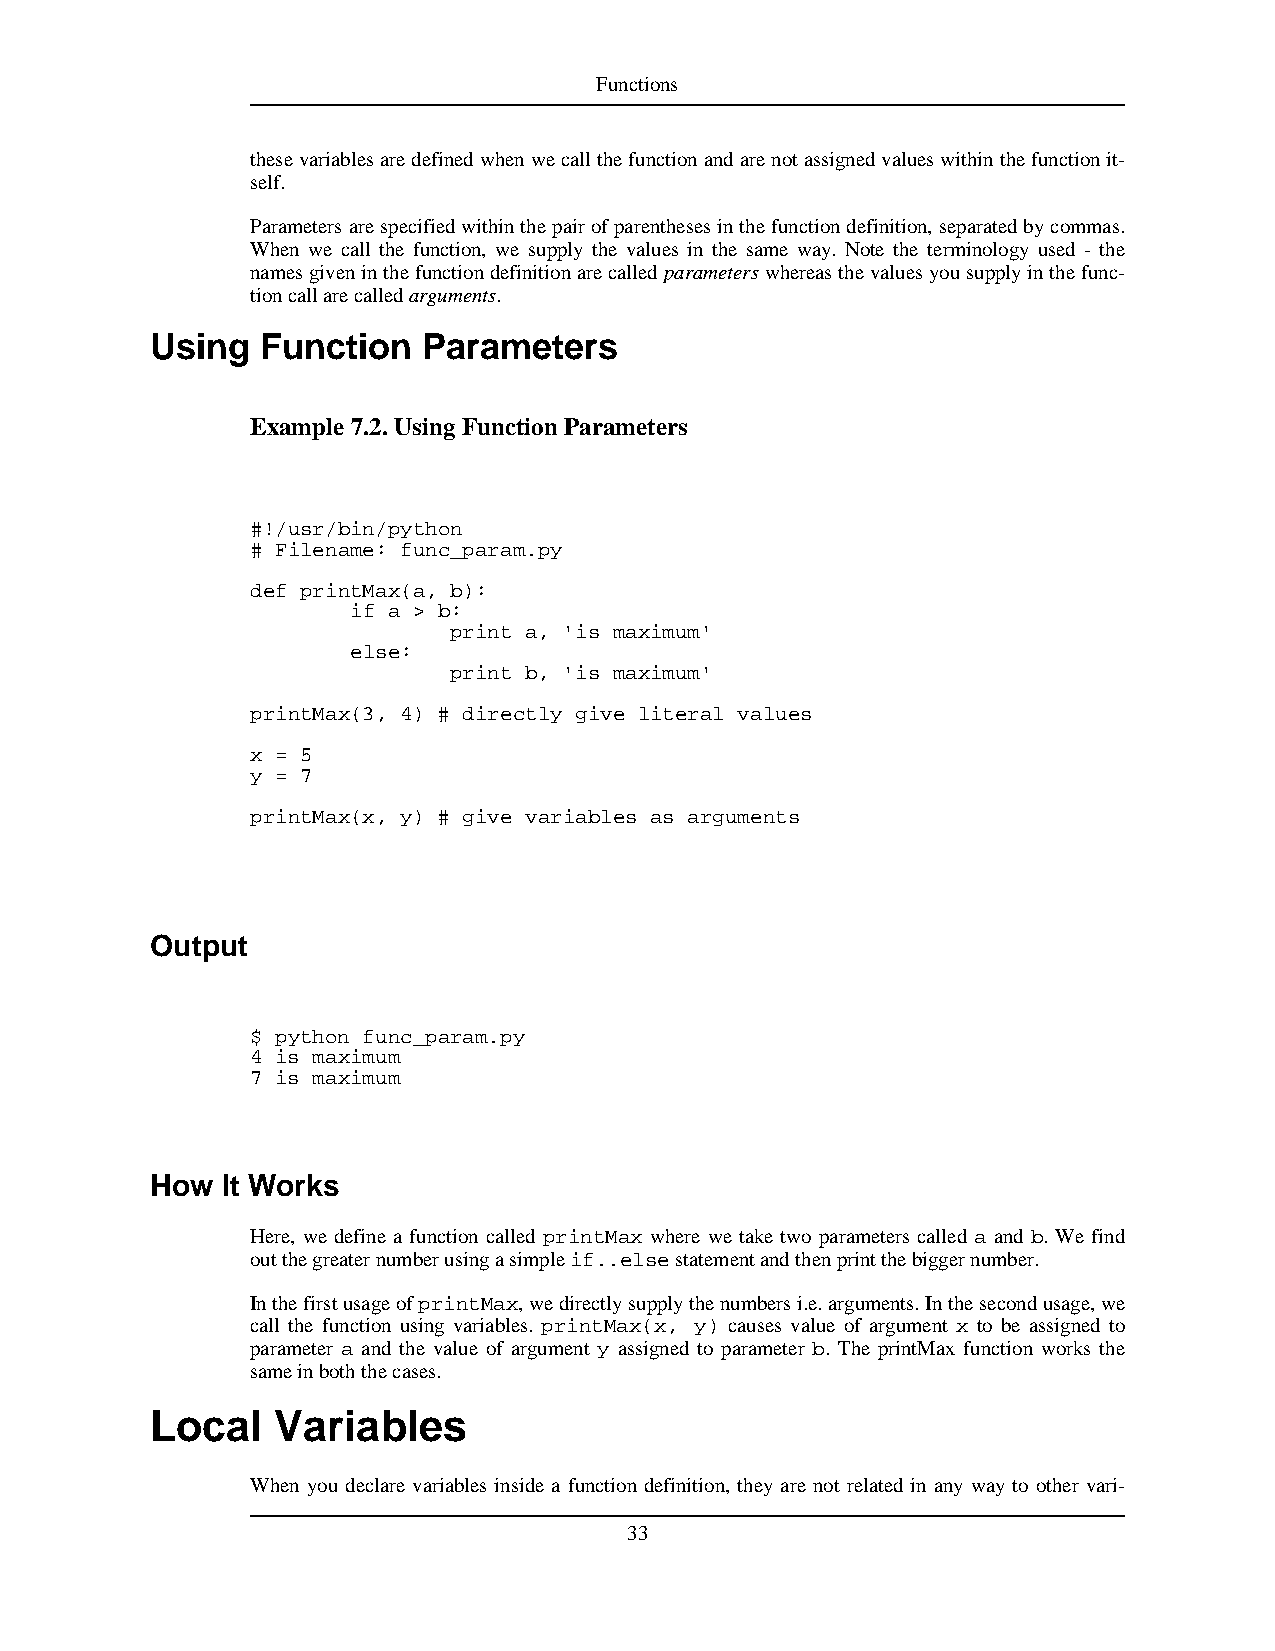
Functions
 thesevariablesaredefinedwhenwecallthefunctionandarenotassignedvalueswithinthefunctionit-
 self.
 Parametersarespecifiedwithinthepairofparenthesesinthefunctiondefinition,separatedbycommas.
 When we call the function, we supply the values in the same way. Note the terminology used - the
 namesgiveninthefunctiondefinitionarecalledparameterswhereasthevaluesyousupplyinthefunc-
 tioncallarecalledarguments.
 Using  Function   Parameters
 Example 7.2.UsingFunctionParameters
 #!/usr/bin/python
 # Filename: func_param.py
 def printMax(a, b):
 if a > b:
 print a, 'is maximum'
 else:
 print b, 'is maximum'
 printMax(3, 4) # directly give literal values
 x = 5
 y = 7
 printMax(x, y) # give variables as arguments
 Output
 $ python func_param.py
 4 is maximum
 7 is maximum
 How  It Works
 Here, we define a function called printMax where we take two parameters called a and b. We find
 outthegreaternumberusingasimpleif..elsestatementandthenprintthebiggernumber.
 InthefirstusageofprintMax,wedirectlysupplythenumbersi.e.arguments.Inthesecondusage,we
 call the function using variables. printMax(x, y) causes value of argument x to be assigned to
 parameter a and the value of argument y assigned to parameter b. The printMax function works the
 sameinboththecases.
 Local   Variables
 When you declare variables inside a function definition, they are not related in any way to other vari-
 33